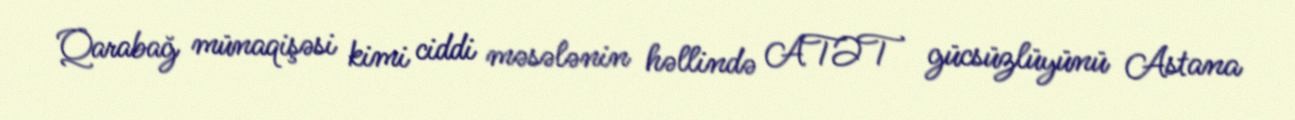
Qarabağ münaqişəsi kimi ciddi məsələnin həllində ATƏT gücsüzlüyünü Astana